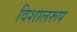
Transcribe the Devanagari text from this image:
विशालरूप